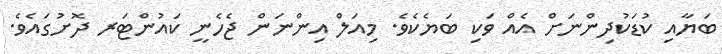
ބަޔާއި ކުޑަކުދިންނަށް އެއް ވަކި ބަޔެކެވެ. މިއަލް އިންނަން ޖެހެނީ ކައުންޓަރ ދޮށުގައެވެ.